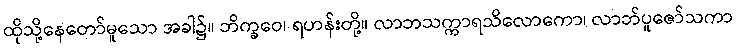
ထိုသို့နေတော်မူသော အခါ၌။ ဘိက္ခဝေ၊ ရဟန်းတို့။ လာဘသက္ကာရသိလောကော၊ လာဘ်ပူဇော်သကာ